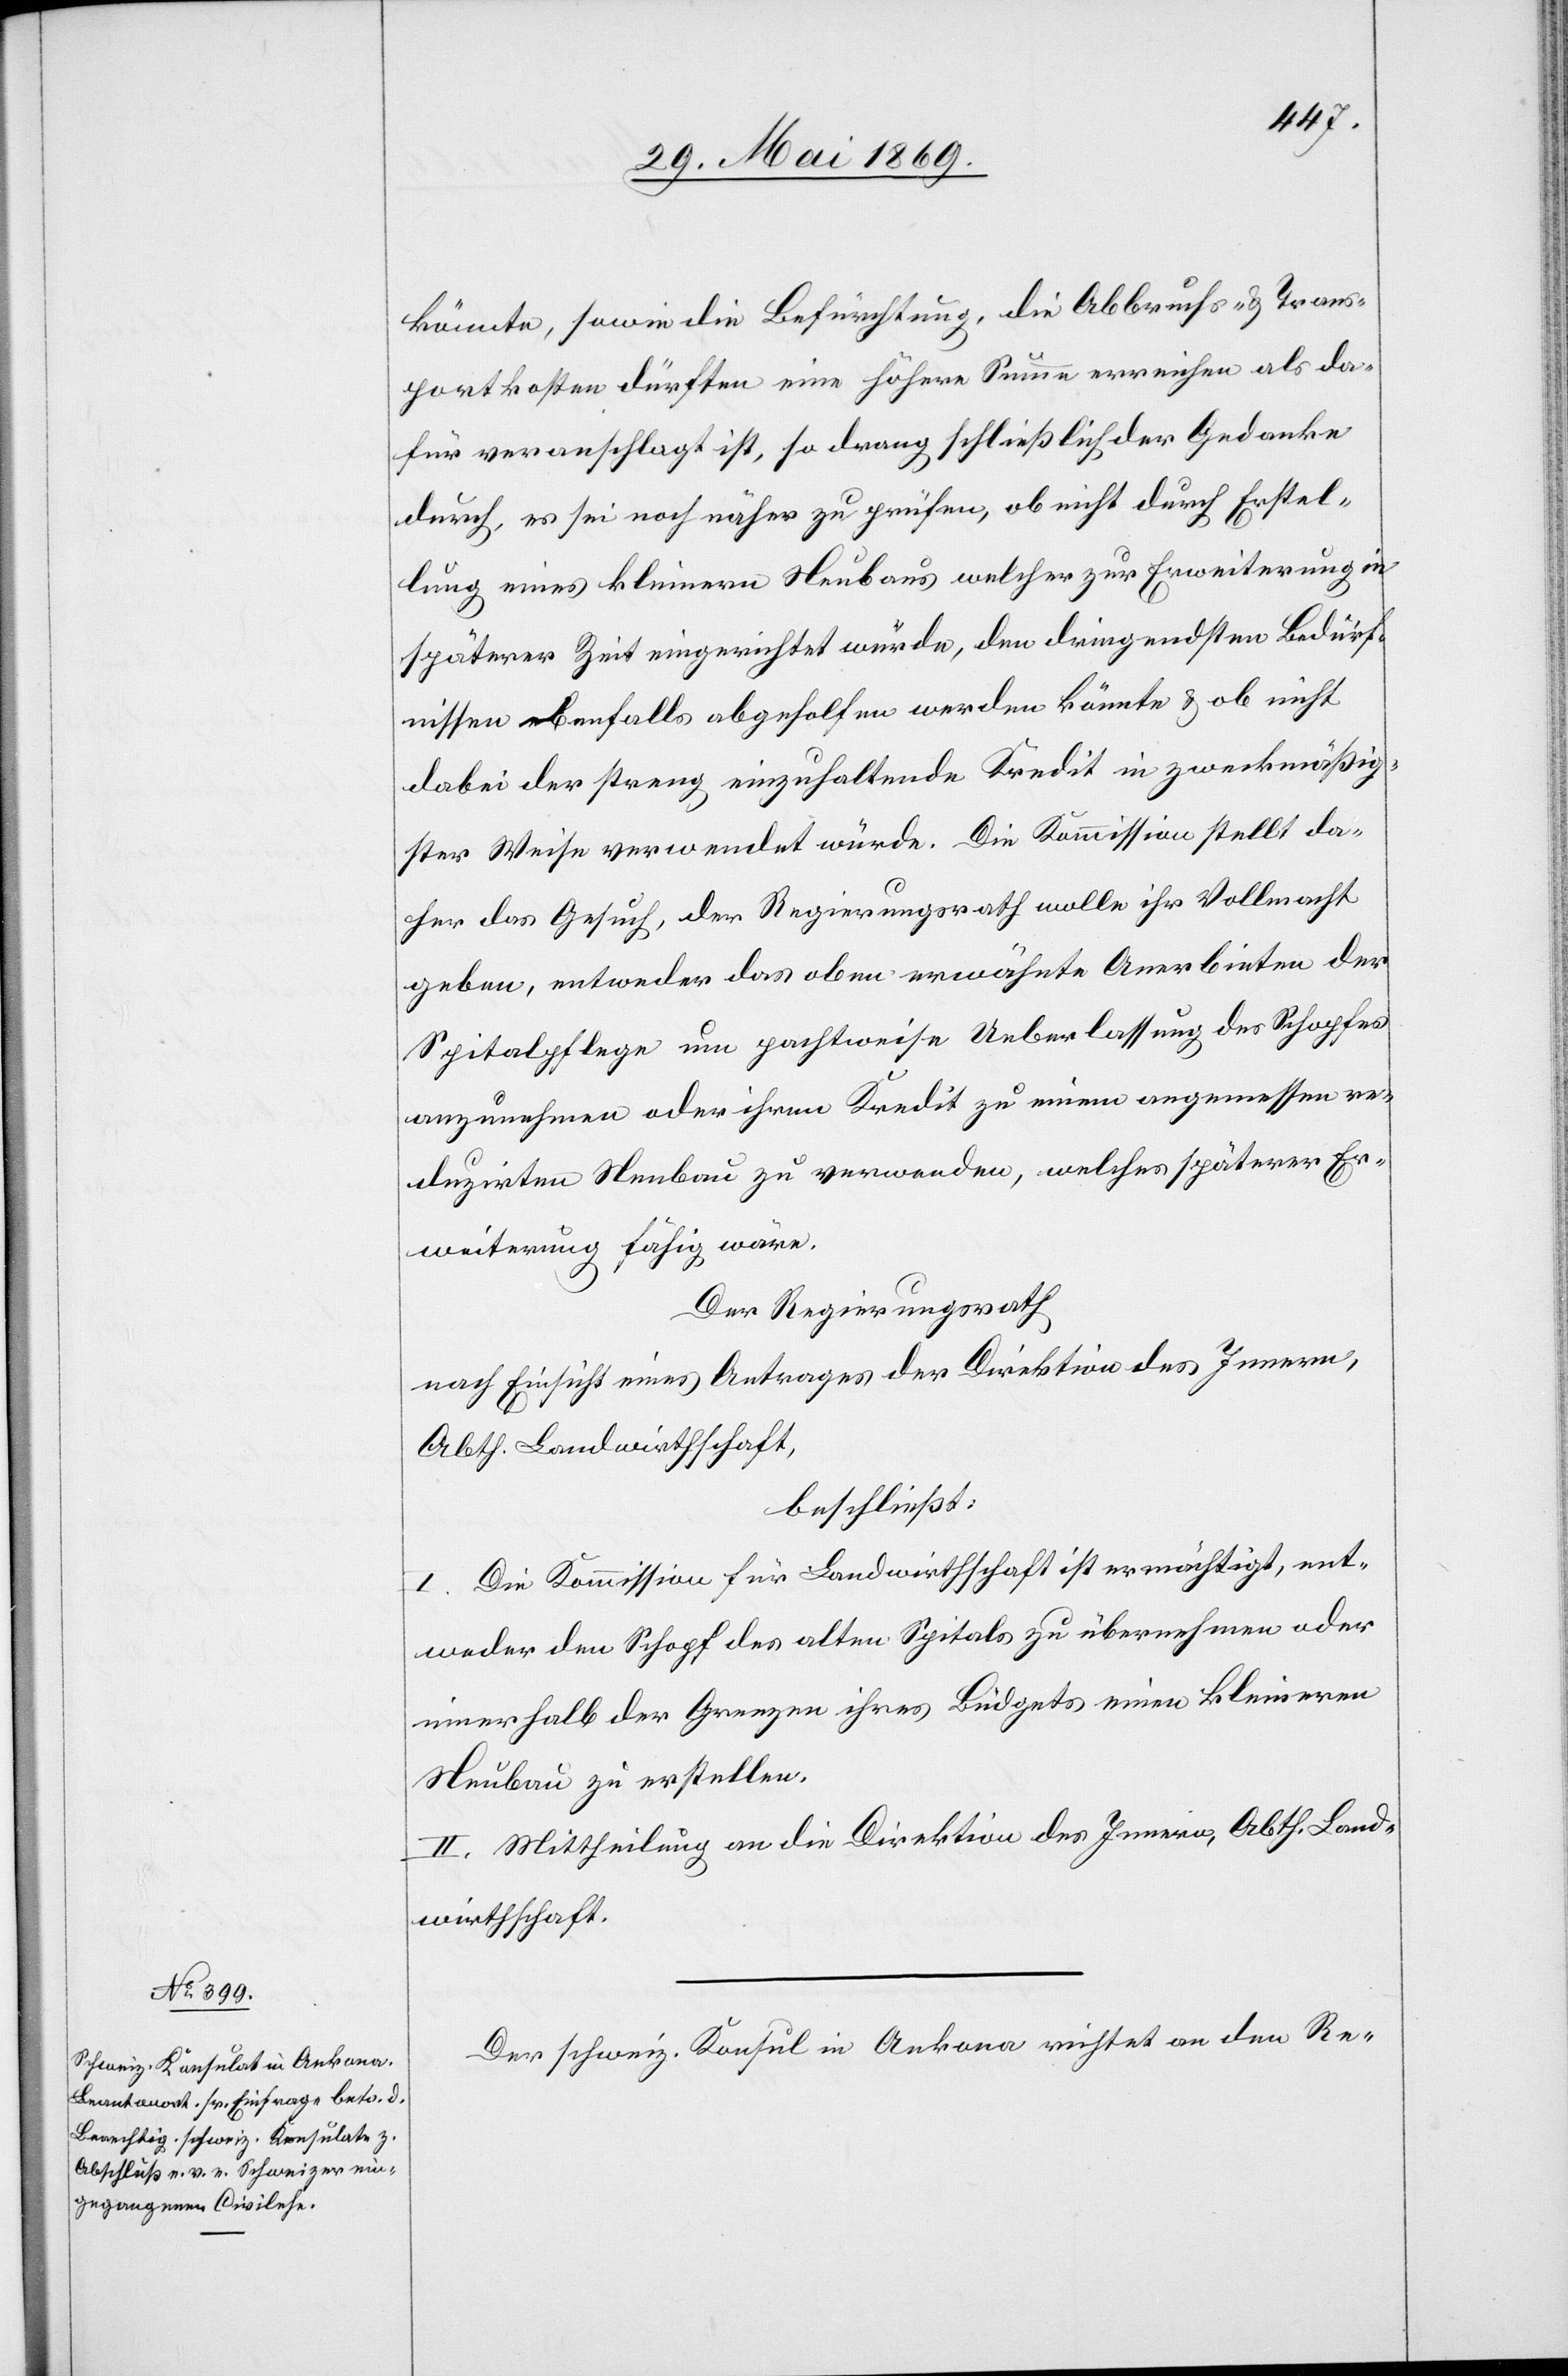
könnte, sowie die Befürchtung, die Abbruchs- u. Trans¬
portkosten dürften eine höhere Summe erreichen als da¬
für veranlaßt ist, so drang schließlich der Gedanke
durch, es sei noch näher zu prüfen, ob nicht durch Erstel¬
lung eines kleinen Neubaus welcher zur Erweiterung in
späterer Zeit eingerichtet würde, dem dringendsten Bedürf¬
nissen ebenfalls abgeholfen werden könnte u. ob nicht
dabei der streng einzuhaltende Kredit in zweckmäßig¬
ster Weise verwendet würde. Die Kommission stellt da¬
her das Gesuch, der Regierungsrath wolle ihr Vollmacht
geben, entweder das oben erwähnte Anerbieten der
Spitalpflege um pachtweise Ueberlassung des Schopfes
anzunehmen oder ihren Kredit zu einem angemessen re¬
duzirten Neubau zu verwenden, welches späterer Er¬
weiterung fähig wäre.
Der Regierungsrath,
nach Einsicht eines Antrages der Direktion des Innern,
Abth. Landwirthschaft,
beschließt:
I. Die Kommission für Landwirthschaft ist ermächtigt, ent¬
weder den Schopf des alten Spitals zu übernehmen oder
innerhalb der Grenzen ihres Büdgets einen kleineren
Neubau zu erstellen.
II. Mittheilung an die Direktion des Innern, Abth. Land¬
wirthschaft.
Der schweiz. Konsul in Ankara richtet an den Re-